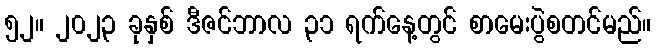
၅၂။ ၂၀၂၃ ခုနှစ် ဒီဇင်ဘာလ ၃၁ ရက်နေ့တွင် စာမေးပွဲစတင်မည်။